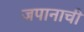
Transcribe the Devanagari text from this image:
जपानाची